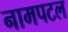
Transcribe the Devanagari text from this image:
नामपटल